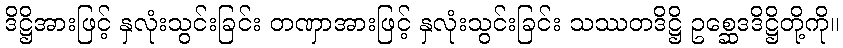
ဒိဋ္ဌိအားဖြင့် နှလုံးသွင်းခြင်း တဏှာအားဖြင့် နှလုံးသွင်းခြင်း သဿတဒိဋ္ဌိ ဥစ္ဆေဒဒိဋ္ဌိတို့ကို။